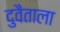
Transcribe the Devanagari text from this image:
दुवैताला